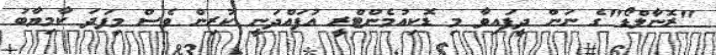
"ރޮނާލްޑޯ"ގެ ނަން ދީފައިވާ މި ޑޮކިއުމެންޓްރީ އުފައްދަނީ ކުރިން ވެސް މިފަދަ ކާމިޔާބު